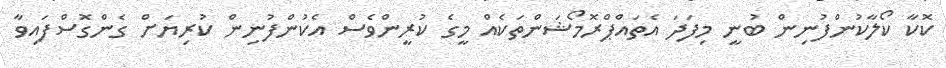
ކޮކާ ކޯލާކުންފުނިން ބުނީ މިފަދަ އެތައްޕްރޮމޯޝަންތަކެއް މީގެ ކުރީންވެސް އެކުންފުނިން ކުރިޔަށް ގެންގޮސްފައިވާ